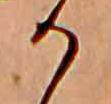
か